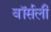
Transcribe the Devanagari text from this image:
वॉर्सली